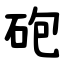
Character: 砲